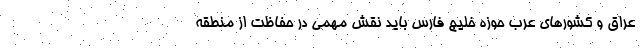
عراق و کشورهای عرب حوزه خلیج فارس باید نقش مهمی در حفاظت از منطقه